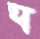
ঘ